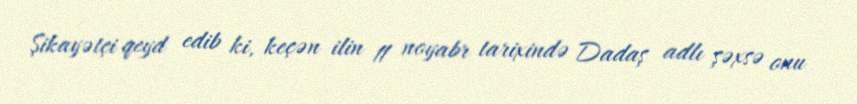
Şikayətçi qeyd edib ki, keçən ilin 11 noyabr tarixində Dadaş adlı şəxsə onu